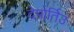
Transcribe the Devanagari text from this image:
देपोर्तिउ